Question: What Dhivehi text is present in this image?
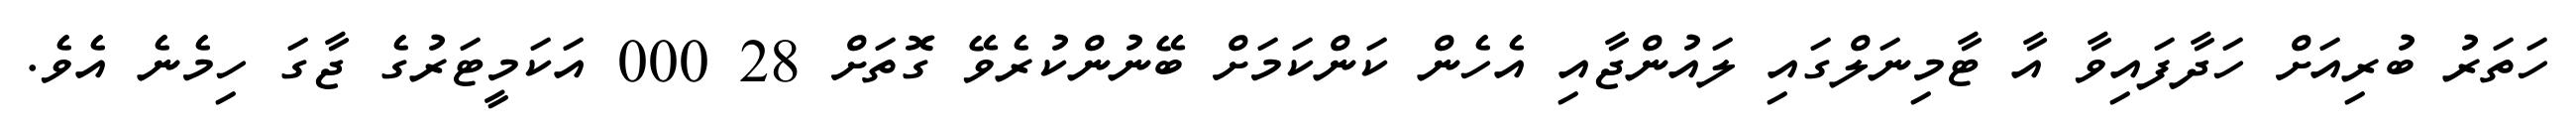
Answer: ހަތަރު ބުރިއަށް ހަދާފައިވާ އާ ޓާމިނަލްގައި ލައުންޖާއި އެހެން ކަންކަމަށް ބޭނުންކުރެވޭ ގޮތަށް 28 000 އަކަމީޓަރުގެ ޖާގަ ހިމެނެ އެވެ.